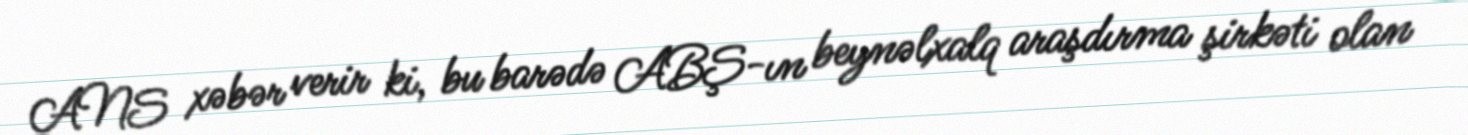
ANS xəbər verir ki, bu barədə ABŞ-ın beynəlxalq araşdırma şirkəti olan